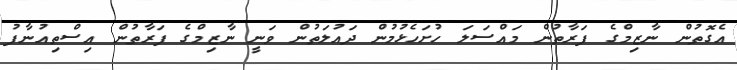
އެގޮތުން ނާޒިމްގެ ފަރާތުން މައްސަލަ ހުށަހެޅުމުން ދައުލަތުން ވަނީ ނާޒިމްގެ ފަރާތުން އިސްތިއުނާފު